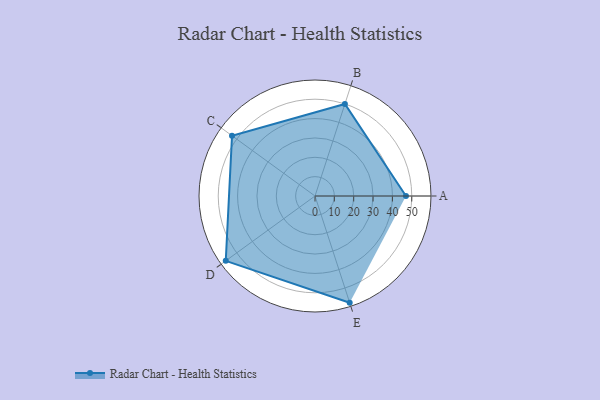
{"axis": {"x": "Skill", "y": "Score"}, "legend": ["Profile"], "data": [{"x": "A", "y": 47.0, "type": "Profile"}, {"x": "B", "y": 50.0, "type": "Profile"}, {"x": "C", "y": 53.0, "type": "Profile"}, {"x": "D", "y": 57.0, "type": "Profile"}, {"x": "E", "y": 58.0, "type": "Profile"}]}